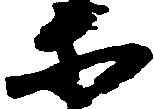
等